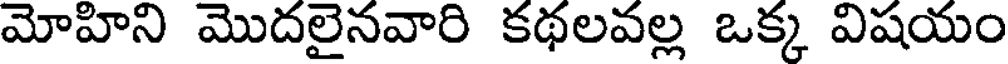
మోహిని మొదలైనవారి కథలవల్ల ఒక్క విషయం